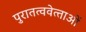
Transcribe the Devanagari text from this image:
पुरातत्ववेत्‍ताओं